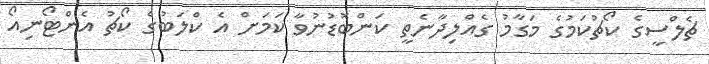
ޗެލްސީގެ ކޯޗުކަމުގެ މަގާމު ގެއްލިދާނެތީ ކަންބޮޑުނުވާ ކަމަށް އެ ކްލަބުގެ ކޯޗު އެންޓޯނިއޯ